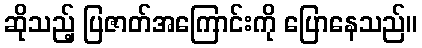
ဆိုသည့် ပြဇာတ်အကြောင်းကို ပြောနေသည်။